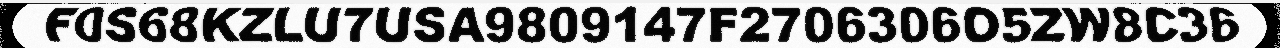
F0S68KZLU7USA9809147F2706306O5ZW8C36